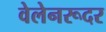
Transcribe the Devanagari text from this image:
वेलेनरूदर